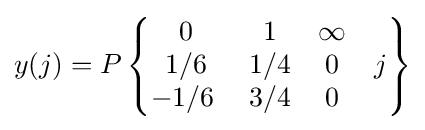
y(j)=P\left\{{\begin{matrix}0&1&\infty &\;\\{1/6}&{1/4}&0&j\\{-1/6\;}&{3/4}&0&\;\end{matrix}}\right\}